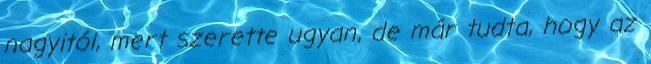
nagyitól, mert szerette ugyan, de már tudta, hogy az